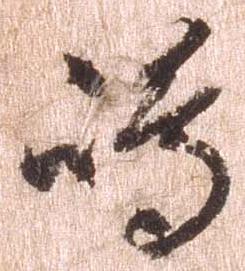
島